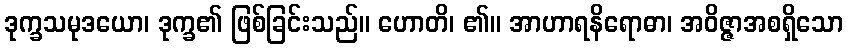
ဒုက္ခသမုဒယော၊ ဒုက္ခ၏ ဖြစ်ခြင်းသည်။ ဟောတိ၊ ၏။ အာဟာရနိရောဓာ၊ အဝိဇ္ဇာအစရှိသော